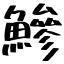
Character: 鰺